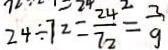
2 4 \div 7 2 = \frac { 2 4 } { 7 2 } = \frac { 3 } { 9 }